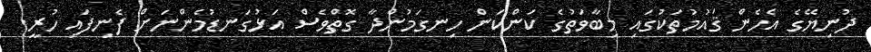
ދުނިޔޭގެ އެހެން ޤައުމުތަކުގައި މިބާވަތުގެ ކަންކަން ހިނގަމުންދާ ގޮތްވެސް އަޅުގަނޑުމެންނަށް ފެނިފައި ހުރީ.